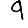
Digit: 9